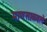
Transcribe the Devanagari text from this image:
माणसाळवले